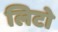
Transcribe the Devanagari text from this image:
लिटो